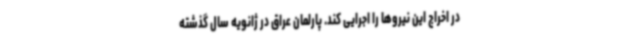
در اخراج این نیروها را اجرایی کند. پارلمان عراق در ژانویه سال گذشته